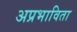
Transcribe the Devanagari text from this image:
अप्रभाविता